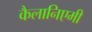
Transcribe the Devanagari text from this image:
कैलानिएमी